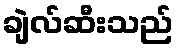
ချဲလ်ဆီးသည်